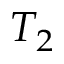
T _ { 2 }